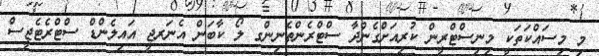
މި މިސައްކަތަކީ މިނިސްޓްރީން ކުރިއަށްގެންދާ ސްޓްރެންތެނިންގ ލޯ ކާބަން އެނަރޖީ އައިލެންޑް ސްޓްރެޓެޖީސް